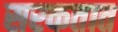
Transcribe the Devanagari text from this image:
सरकतात